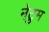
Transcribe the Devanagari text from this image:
नेटुम